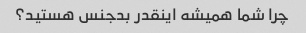
چرا شما همیشه اینقدر بدجنس هستید؟